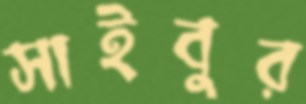
সাইবুর